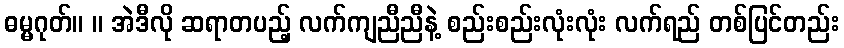
ဓမ္မဂုတ်။ ။ အဲဒီလို ဆရာတပည့် လက်ကျညီညီနဲ့ စည်းစည်းလုံးလုံး လက်ရည် တစ်ပြင်တည်း